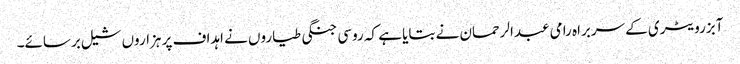
آبزرویٹری کے سربراہ رامی عبدالرحمان نے بتایا ہے کہ روسی جنگی طیاروں نے اہداف پر ہزاروں شیل برسائے۔